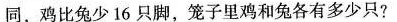
同，鸡比兔少16只脚，笼子里鸡和兔各有多少只?